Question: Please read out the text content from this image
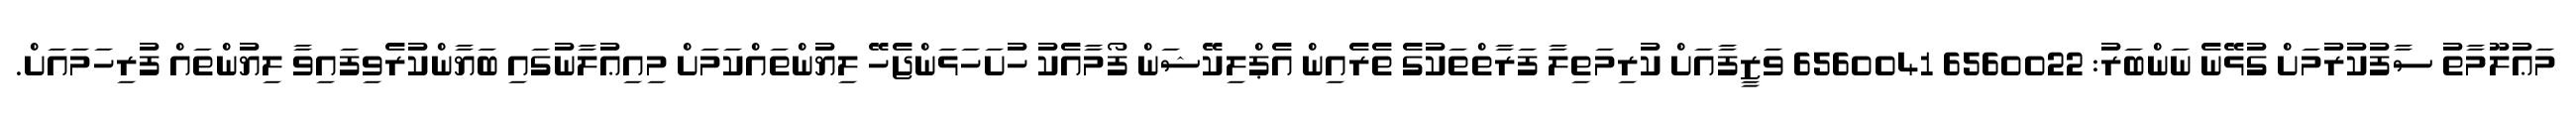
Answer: މަޢުލޫމާތު ސާފުކުރުމަށް ގުޅޭނެ ނަންބަރު: 6560022 6560041 ވަޒީފާއަށް ކުރިމަތިލާ ފަރާތްތަކުގެ ތެރެއިން އެޕްލިކޭޝަން ފޯމާއެކު ހުށަހަޅަންޖެހޭ ލިޔުންތައްކަމަށް މިއިޢުލާނުގައި ބަޔާންކުރެވިފައިވާ ލިޔުންތައް ފުރިހަމައަށް.